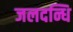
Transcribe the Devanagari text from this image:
जलदन्धि